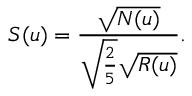
S ( u ) = \frac { \sqrt { N ( u ) } } { \sqrt { \frac { 2 } { 5 } } \sqrt { R ( u ) } } .